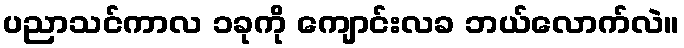
ပညာသင်ကာလ ၁ခုကို ကျောင်းလခ ဘယ်လောက်လဲ။